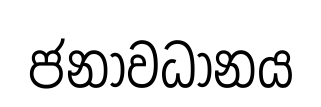
ජනාවධානය